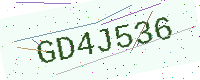
Text: GD4J536